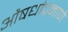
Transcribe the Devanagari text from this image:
औषधांप्रमाणे